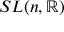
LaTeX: S L ( n , \mathbb { R } )